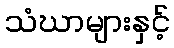
သံဃာများနှင့်